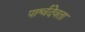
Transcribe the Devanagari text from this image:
पार्श्वदेवता